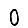
Digit: 0